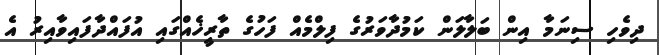
ދިވެހި ސިނަމާ އިން ބަލާލަން ކަމުދާވަރުގެ ފިލްމެއް ފަހުގެ ތާރީޚެއްގައި އުފައްދާފައިވާއިރު އެ